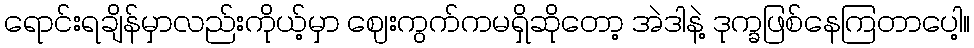
ရောင်းရချိန်မှာလည်းကိုယ့်မှာ ဈေးကွက်ကမရှိဆိုတော့ အဲဒါနဲ့ ဒုက္ခဖြစ်နေကြတာပေါ့။